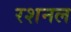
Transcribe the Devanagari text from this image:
रशनल